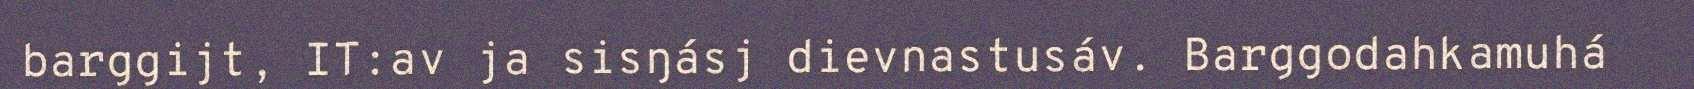
barggijt, IT:av ja sisŋásj dievnastusáv. Barggodahkamuhá